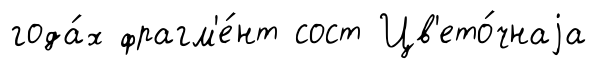
года́х фрагм'е́нт сост Цв'ето́чнаjа